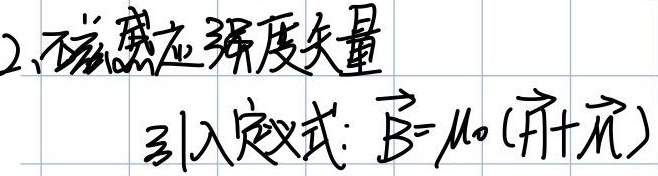
2、磁感应强度矢量引入定义式: $\vec{B}=\mu_{0}(\vec{H}+\vec{M})$